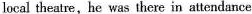
local theatre,he was there in attendance